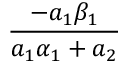
\frac { - a _ { 1 } \beta _ { 1 } } { a _ { 1 } \alpha _ { 1 } + a _ { 2 } }